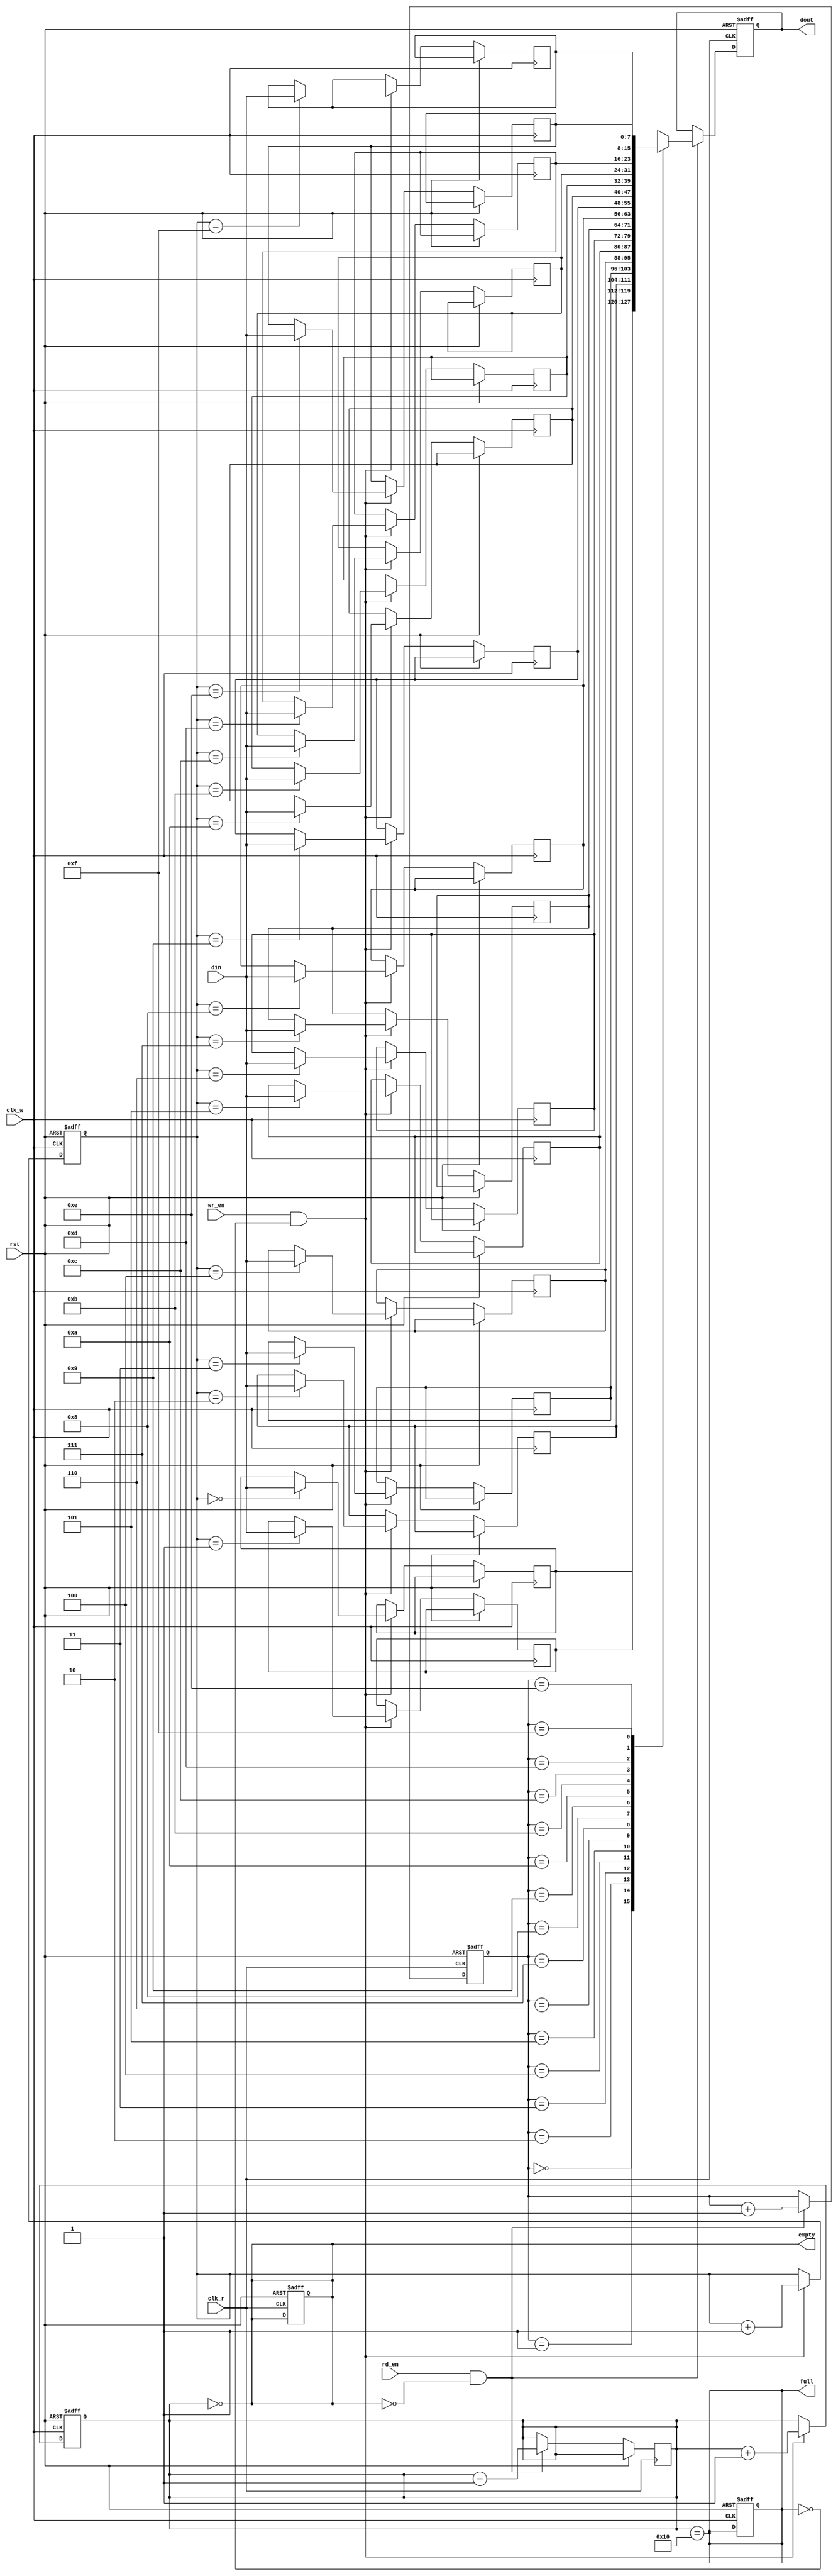
module fifo_sram #(
    parameter DEPTH = 16,  // Depth of the FIFO
    parameter WIDTH = 8    // Width of each data entry
) (
    input wire clk_w,          // Write clock
    input wire clk_r,          // Read clock
    input wire rst,            // Reset signal
    input wire wr_en,          // Write enable
    input wire rd_en,          // Read enable
    input wire [WIDTH-1:0] din,// Data input
    output reg [WIDTH-1:0] dout,// Data output
    output reg full,           // Full flag
    output reg empty           // Empty flag
);

    // Memory array
    reg [WIDTH-1:0] mem [0:DEPTH-1];

    // Pointers
    reg [$clog2(DEPTH)-1:0] wr_ptr; // Write pointer
    reg [$clog2(DEPTH)-1:0] rd_ptr; // Read pointer
    reg [$clog2(DEPTH):0] count;     // Entry count

    // Reset logic
    always @(posedge clk_w or posedge rst) begin
        if (rst) begin
            wr_ptr <= 0;
            count <= 0;
            full <= 0;
        end else if (wr_en && !full) begin
            mem[wr_ptr] <= din; // Write data to memory
            wr_ptr <= wr_ptr + 1;
            count <= count + 1;
        end
    end

    always @(posedge clk_r or posedge rst) begin
        if (rst) begin
            rd_ptr <= 0;
            dout <= 0;
            empty <= 1;
        end else if (rd_en && !empty) begin
            dout <= mem[rd_ptr]; // Read data from memory
            rd_ptr <= rd_ptr + 1;
            count <= count - 1;
        end
    end

    // Update full and empty flags
    always @(*) begin
        full = (count == DEPTH);
        empty = (count == 0);
    end

endmodule